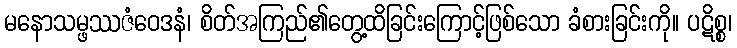
မနောသမ္ဖဿဇံဝေဒနံ၊ စိတ်အကြည်၏တွေ့ထိခြင်းကြောင့်ဖြစ်သော ခံစားခြင်းကို။ ပဋိစ္စ၊